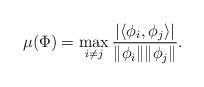
LaTeX: \begin{align*} \mu(\Phi) = \max_{i\neq j} \frac{\vert \langle \phi_i, \phi_j \rangle \vert}{\Vert \phi_i \Vert \Vert \phi_j \Vert}.\end{align*}